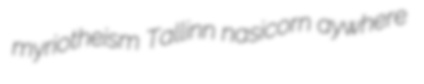
myriotheism Tallinn nasicorn aywhere